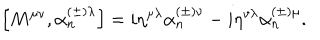
\left[ M ^ { \mu \nu } , \alpha _ { n } ^ { \left( \pm \right) \lambda } \right] = i \eta ^ { \mu \lambda } \alpha _ { n } ^ { \left( \pm \right) \nu } - i \eta ^ { v \lambda } \alpha _ { n } ^ { \left( \pm \right) \mu } .